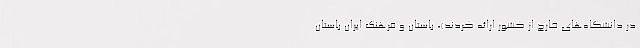
در دانشگاه‌های خارج از کشور ارائه کردند)، باستان و فرهنگ ایران باستان